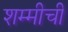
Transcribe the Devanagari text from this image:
शम्मीची